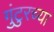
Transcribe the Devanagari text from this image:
गुंटुरच्या